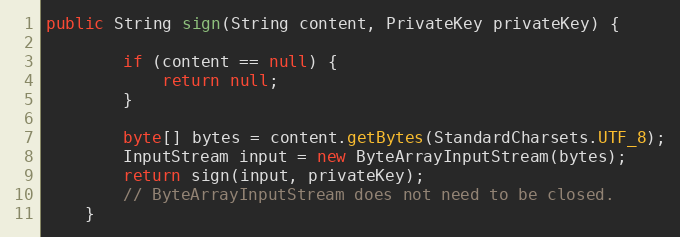
Language: Java
public String sign(String content, PrivateKey privateKey) {

        if (content == null) {
            return null;
        }

        byte[] bytes = content.getBytes(StandardCharsets.UTF_8);
        InputStream input = new ByteArrayInputStream(bytes);
        return sign(input, privateKey);
        // ByteArrayInputStream does not need to be closed.
    }